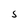
Character: S